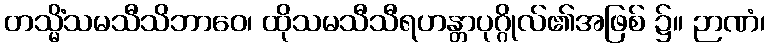
တသ္မိံသမသီသိဘာဝေ၊ ထိုသမသီသီရဟန္တာပုဂ္ဂိုလ်၏အဖြစ် ၌။ ဉာဏံ၊